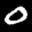
Label: 0